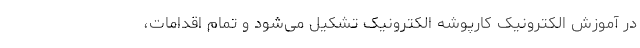
در آموزش الکترونیک کارپوشه الکترونیک تشکیل می‌شود و تمام اقدامات،